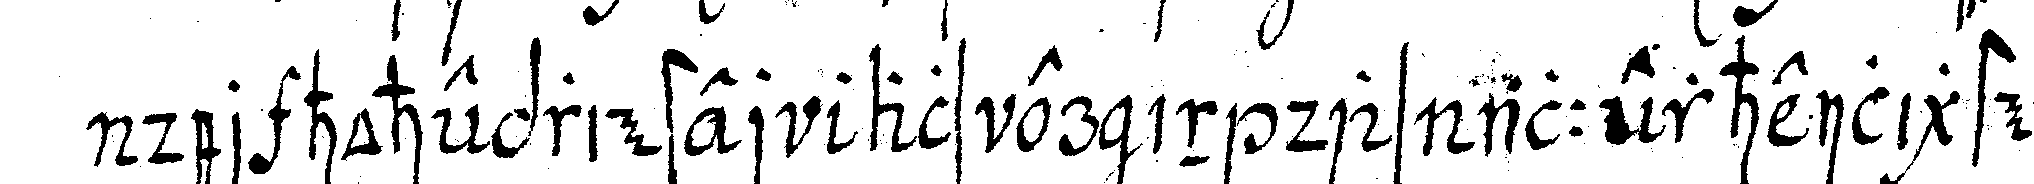
der hohepriester als er in das allerheiligste